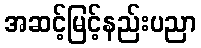
အဆင့်မြင့်နည်းပညာ